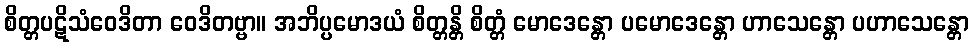
စိတ္တပဋိသံဝေဒိတာ ဝေဒိတဗ္ဗာ။ အဘိပ္ပမောဒယံ စိတ္တန္တိ စိတ္တံ မောဒေန္တော ပမောဒေန္တော ဟာသေန္တော ပဟာသေန္တော